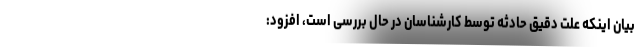
بیان اینکه علت دقیق حادثه توسط کارشناسان در حال بررسی است، افزود: